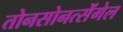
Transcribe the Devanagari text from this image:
तोनसोनत्सेंगेल